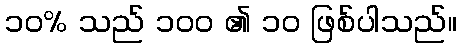
၁၀% သည် ၁၀၀ ၏ ၁၀ ဖြစ်ပါသည်။